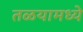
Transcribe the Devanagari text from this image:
तळयामध्ये